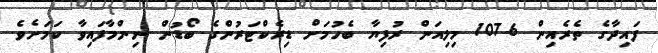
ފައިދާގެ ތެރެއިން 107.6 މިލިއަން ރުފިޔާ ބެހުމަށް ޑިރެކްޓަރުންގެ ބޯޑުން ނިންމާފައިވާ ކަމަށެވެ.